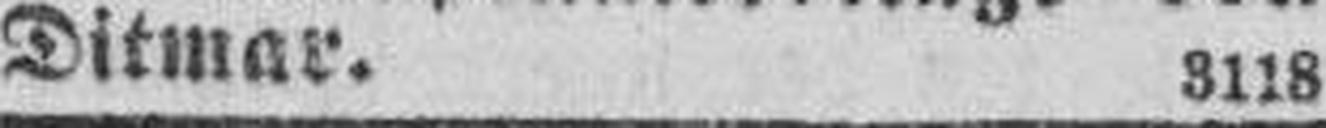
Ditmar. 3118